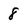
Character: 8